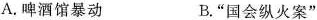
A.啤酒馆暴动 B.”国会纵火案”